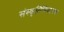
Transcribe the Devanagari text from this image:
संस्कृतिविघातक